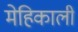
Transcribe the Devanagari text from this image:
मेहिकाली